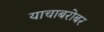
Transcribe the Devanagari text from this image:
याचाबरोबर